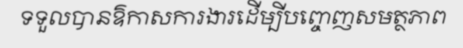
ទទួលបានឱកាសការងារដើម្បីបញ្ចេញសមត្ថភាព